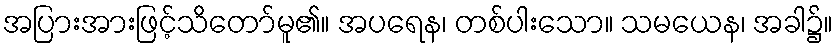
အပြားအားဖြင့်သိတော်မူ၏။ အပရေန၊ တစ်ပါးသော။ သမယေန၊ အခါ၌။